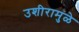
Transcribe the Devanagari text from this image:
उशीरामुळे